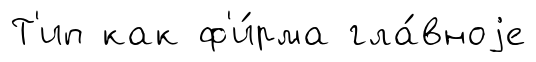
Т'ип как ф'и́рма гла́вноjе